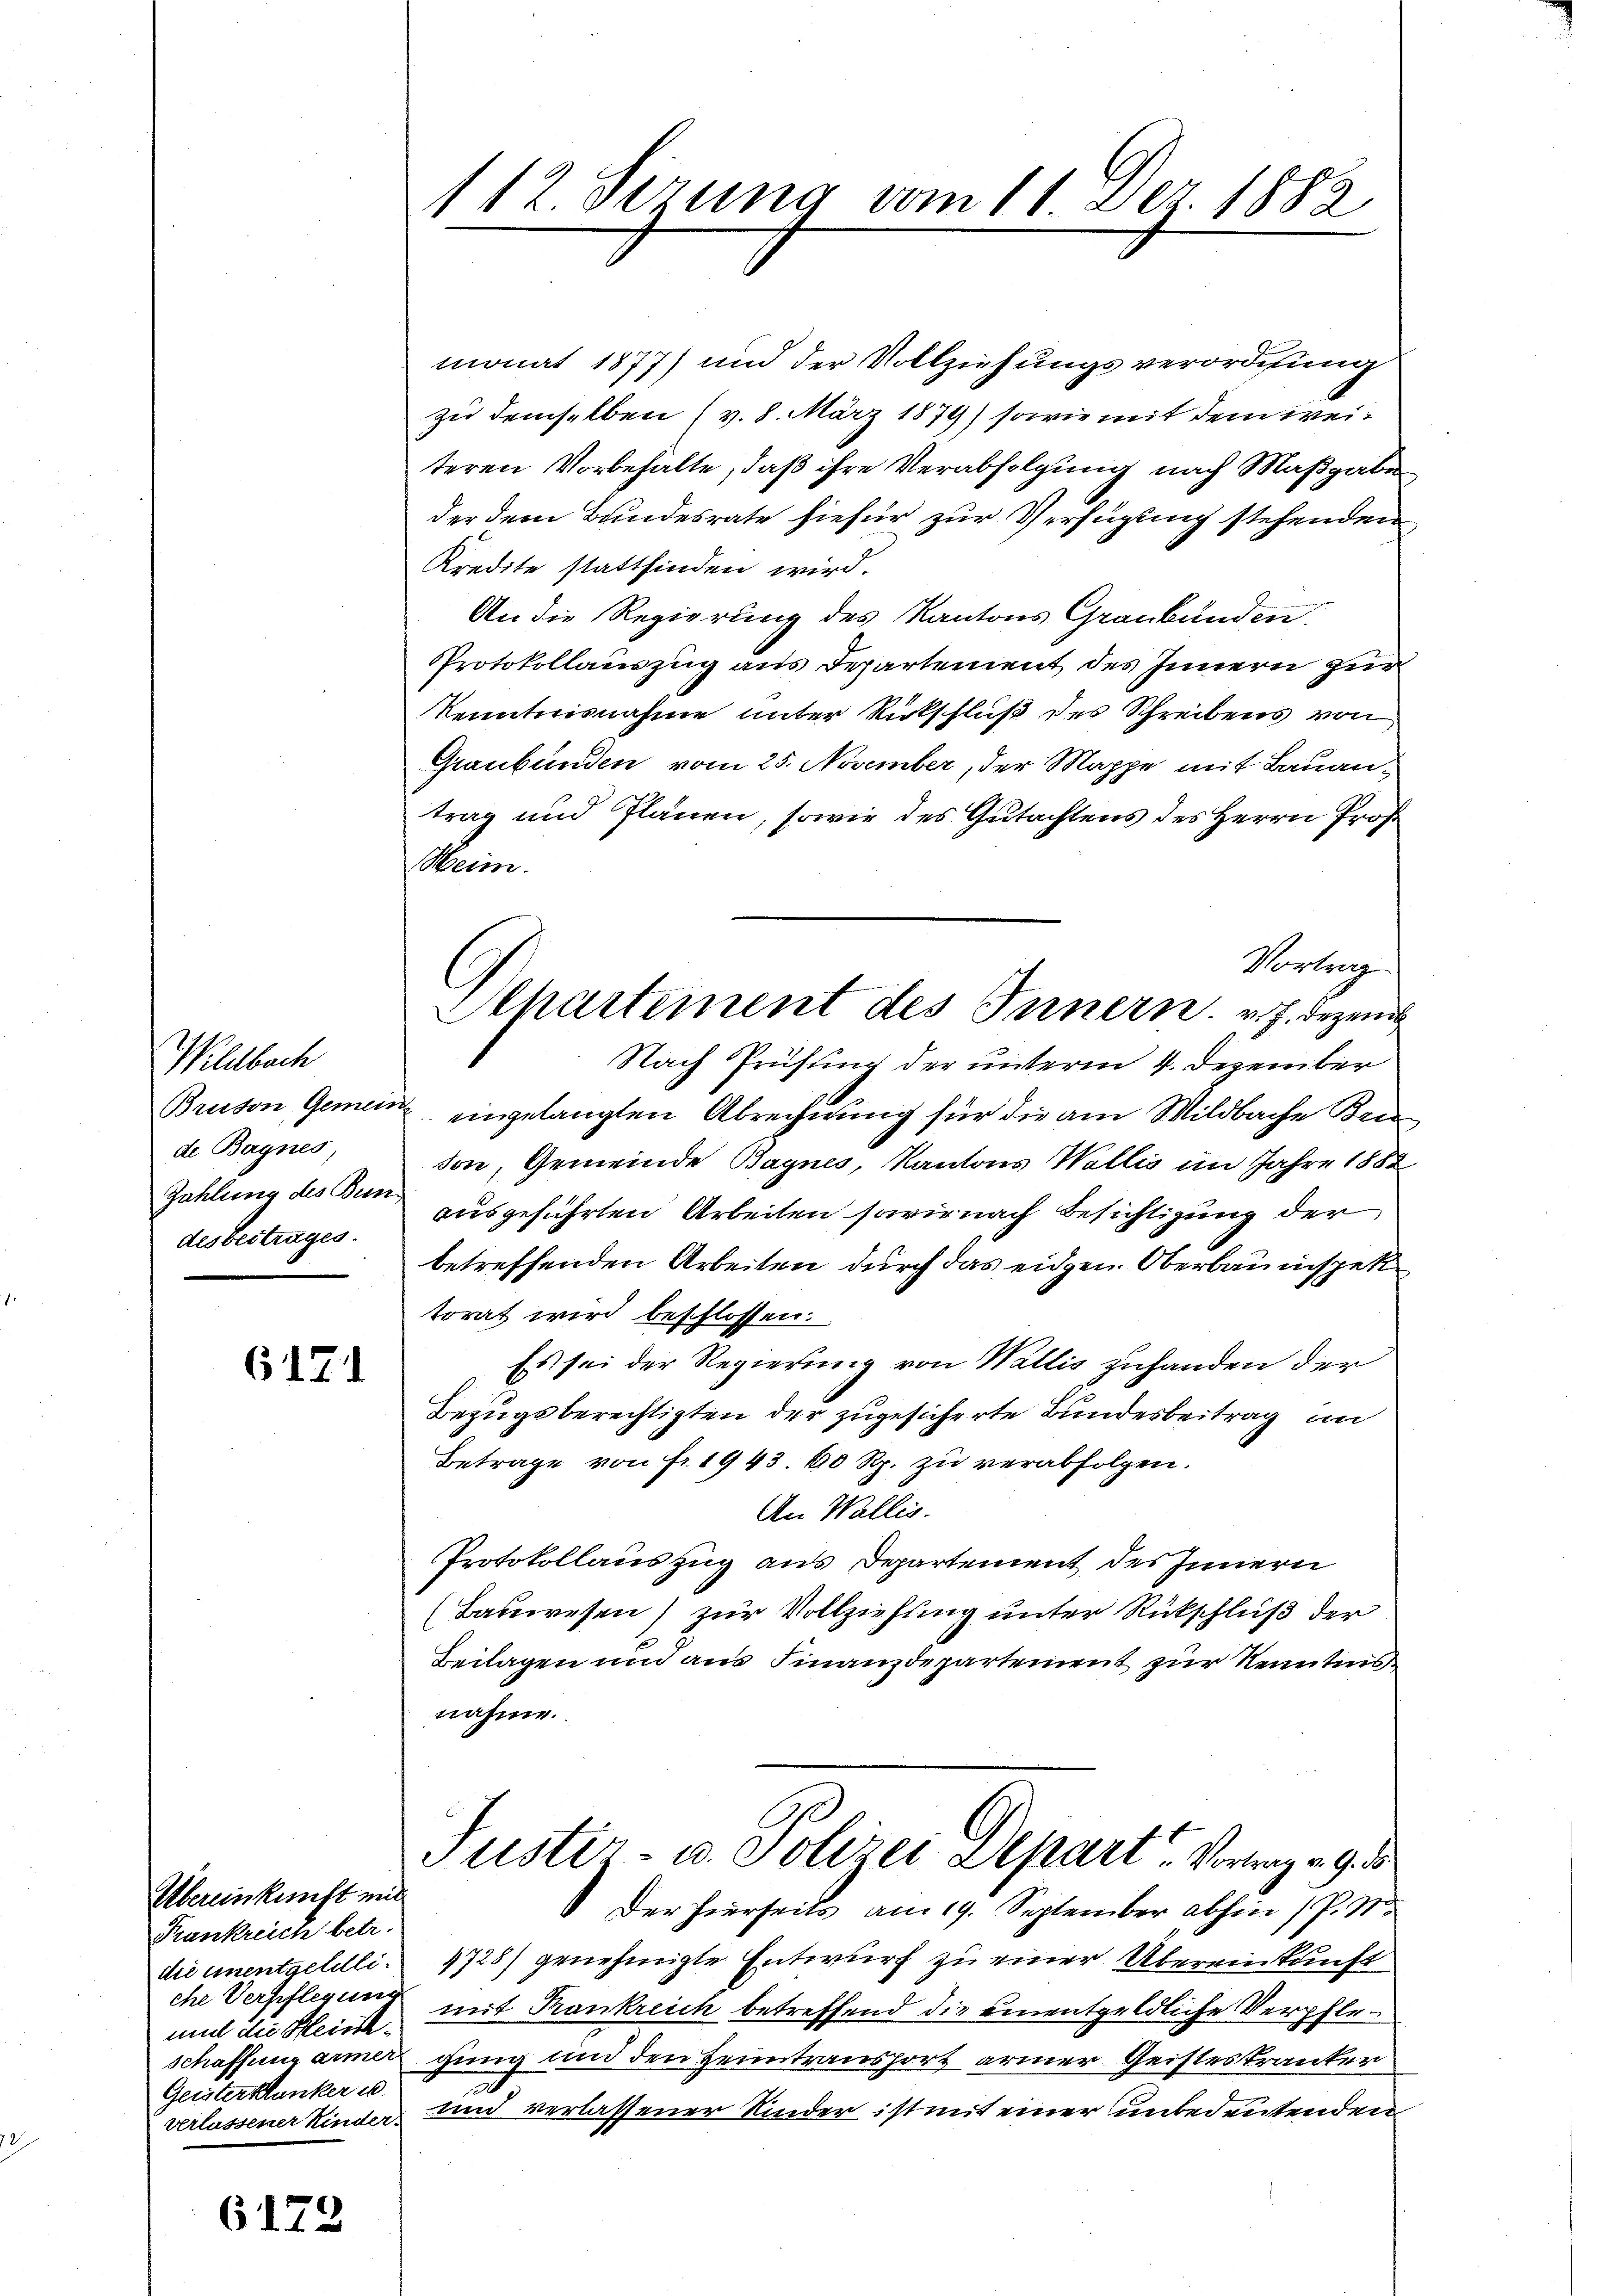
Wildbach
de Bagnes,
Zahlung des Bun
des beitrages.

6171

Übereinkunft mit
Frankreich betr.
die unentgeldliche Verpflegung
mit die Hein¬
Geisterkunker u.
verlassener Kinder.

6172

112. derung vom 11 Dez. 1882

monat 1877) und der Vollziehungsverordnung
zu demselben (v. 8. März 1879) sowie mit dem weiteren Vorbehalte, daß ihre Verabfolgung nach Maßgabe
der dem Bundesrate hiefür zur Verfügung stehenden
Kredite stattfinden wird.
An die Regierung des Kantons Graubünden.
Protokollauszug aus Departement des Innern zur
Kenntnisnahme unter Rückschluß des Schreibens von
Graubünden vom 25. November, der Mappe mit Bauantrag und Plänen, sowie des Gutachtens des Herrn Prof
Heim.
Vortrag
Nach Prüfung der unterm 4. Dezember
Bruson, Gemein eingelangten Abrechnung für die am Wildbache Brie
son, Gemeinde Bagnes, Kantons Wallis im Jahre 1882
ausgeführten Arbeiten sowie nach Besichtigung der
betreffenden Arbeiten durch das eidgen. Oberbauinspek
torat wird beschlossen.
Es sei der Regierung von Wallis zuhanden der
Bezugsberechtigten der zugesicherte Bundesbeitrag im
Betrage von fr. 1943. 60 Rp. zu verabfolgen.
An Wallis.
Protokollauszug aus Departement des Innern
(Bauwesen) zur Vollziehung unter Rückschluß der
Beilagen und aus Finanzdepartement zur Kenntnis
nahme
Justiz- u. Polizei Separt. Vortrag v. 9. ds
Der hierseits am 19. September abhin (P. M.
1728) genehmigte Entwurf zu einer Übereinkunft
mit Krankreich betreffend die einentgeldliche Verpfleschaffung armer ging und den Heimtransport armer Geisteskranker
und verlassener Kinder ist mit einer unbedeutenden

Alhartement des Innern. v. J. deze